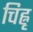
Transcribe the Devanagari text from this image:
चिह्नृ